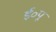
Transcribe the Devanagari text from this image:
ई॰पू